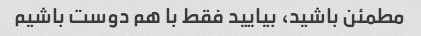
مطمئن باشید، بیایید فقط با هم دوست باشیم